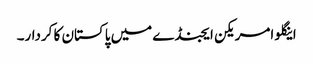
اینگلو امریکن ایجنڈے میں پاکستان کا کردار۔